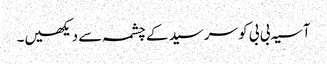
آسیہ بی بی کو سرسید کے چشمہ سے دیکھیں۔